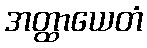
အတ္ထာယေတံ